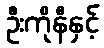
ဦးကိုနီနှင့်